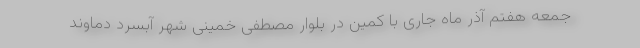
جمعه هفتم آذر ماه جاری با کمین در بلوار مصطفی خمینی شهر آبسرد دماوند